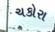
ચકોરા